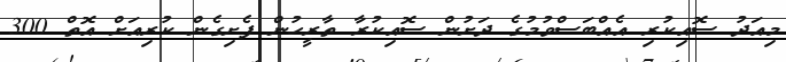
މިއަދު ސޮއިކުރި އެއްބަސްވުމުގެ ދަށުން ސޮއިކުރާ ތާރީހުން ފެށިގެން ކުރިއަށް އޮތް 300